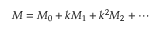
M = M _ { 0 } + k M _ { 1 } + k ^ { 2 } M _ { 2 } + \cdots